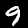
Label: 9